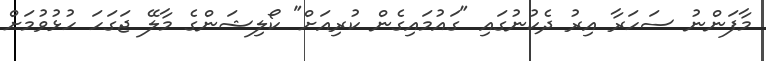
މާފަންނު ސަހަރާ އިރު ދެކުނުގައި "ގައުމައިގެން ކުރިއަށް" ކޯލިޝަންގެ މާލޭ ޖަގަހަ ހުޅުވުމަށް